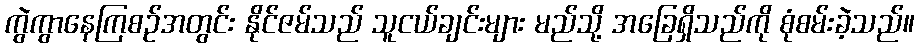
ကွဲကွာနေကြစဉ်အတွင်း နိုင်ဇမ်သည် သူငယ်ချင်းများ မည်သို့ အခြေရှိသည်ကို စုံစမ်းခဲ့သည်။